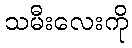
သမီးလေးကို